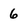
Character: 6